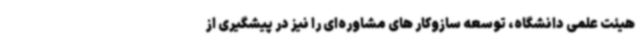
هیئت علمی دانشگاه، توسعه سازوکار های مشاوره‌ای را نیز در پیشگیری از